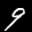
Label: 9